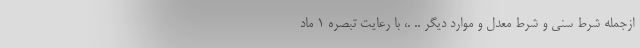
ازجمله شرط سنی و شرط معدل و موارد دیگر .. .، با رعایت تبصره ۱ ماد